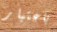
باعتبار